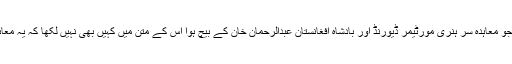
ڈیورنڈ لائن کے حوالے سے جو معاہدہ سر ہنری مورٹیمر ڈیورنڈ اور بادشاہ افغانستان عبدالرحمان خان کے بیچ ہوا اس کے متن میں کہیں بھی نہیں لکھا کہ یہ معاہدہ ایک سو سال کے لیے ہے۔